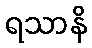
ရသာနိ